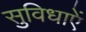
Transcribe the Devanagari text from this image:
सुविधाएें